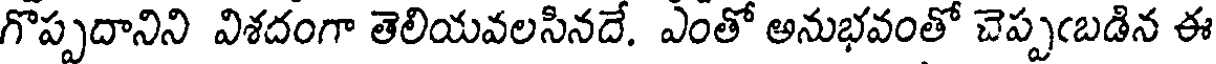
గొప్పదానిని విశదంగా తెలియవలసినదే. ఎంతో అనుభవంతో చెప్పఁబడిన ఈ